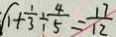
1 + \frac { 1 } { 3 } \div \frac { 4 } { 5 } = \frac { 1 7 } { 1 2 }